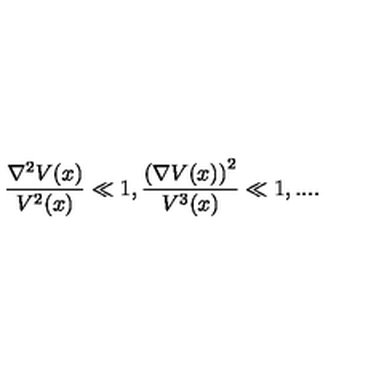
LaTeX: \frac { \nabla ^ { 2 } V ( x ) } { V ^ { 2 } ( x ) } \ll 1 , \frac { \left( \nabla V ( x ) \right) ^ { 2 } } { V ^ { 3 } ( x ) } \ll 1 , . . . .